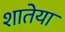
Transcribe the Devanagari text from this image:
शातेया